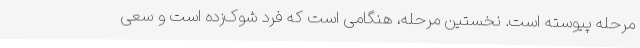
مرحله پیوسته است. نخستین مرحله، هنگامی است که فرد شوک‌زده است و سعی